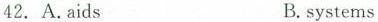
42. A.aids B.systems